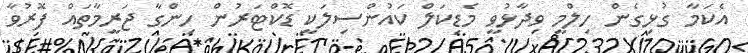
އެކަމާ ގުޅިގެން ހިލްމީ ވިދާޅުވީ މެޑިކަލް ކައުންސިލަކީ ޑޮކްޓަރުން ހިންގާ ޖަރީމާތައް ފޮރުވާ